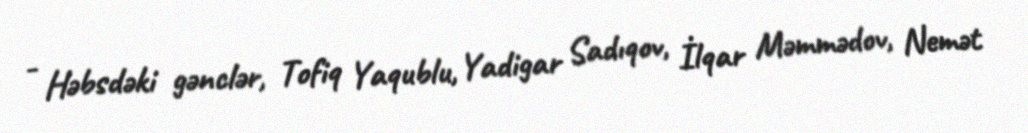
- Həbsdəki gənclər, Tofiq Yaqublu, Yadigar Sadıqov, İlqar Məmmədov, Nemət